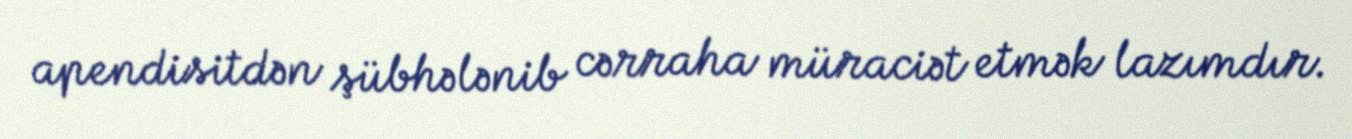
apendisitdən şübhələnib cərraha müraciət etmək lazımdır.